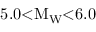
5 . 0 { < } \mathrm { M } _ { \mathrm { W } } { < } 6 . 0